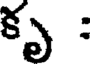
కృ :